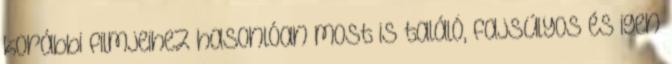
korábbi filmjeihez hasonlóan most is találó, fajsúlyos és igen